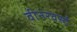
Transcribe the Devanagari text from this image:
वीनरवर्स्ट